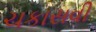
ચકાસવી